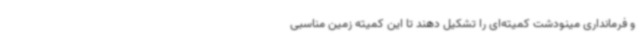
و فرمانداری مینودشت کمیته‌ای را تشکیل دهند تا این کمیته زمین مناسبی